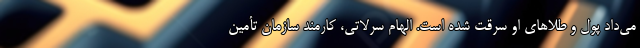
می‌داد پول و طلاهای او سرقت شده است. الهام سرلاتی، کارمند سازمان تأمین